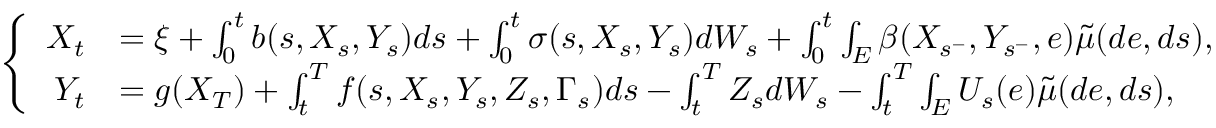
\begin{array} { r } { \left\{ \begin{array} { r l } { X _ { t } } & { = \xi + \int _ { 0 } ^ { t } b ( s , X _ { s } , Y _ { s } ) d s + \int _ { 0 } ^ { t } \sigma ( s , X _ { s } , Y _ { s } ) d W _ { s } + \int _ { 0 } ^ { t } \int _ { E } \beta ( X _ { s ^ { - } } , Y _ { s ^ { - } } , e ) \tilde { \mu } ( d e , d s ) , } \\ { Y _ { t } } & { = g ( X _ { T } ) + \int _ { t } ^ { T } f ( s , X _ { s } , Y _ { s } , Z _ { s } , \Gamma _ { s } ) d s - \int _ { t } ^ { T } Z _ { s } d W _ { s } - \int _ { t } ^ { T } \int _ { E } U _ { s } ( e ) \tilde { \mu } ( d e , d s ) , } \end{array} \right. } \end{array}